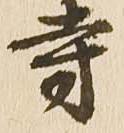
寺